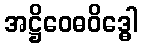
အဋ္ဌိဝေဓဝိဒ္ဓေါ